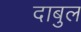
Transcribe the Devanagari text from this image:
दाबुल